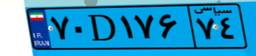
۷۰D۱۷۶۷۴